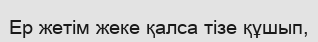
Ер жетім жеке қалса тізе құшып,